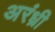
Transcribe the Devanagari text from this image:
अरंध्री